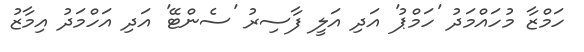
ހަމްޒާ މުހައްމަދު 'ހަމްޕު' އަދި އަލީ ފާސިރު 'ސެންޓޭ' އަދި އަހްމަދު އިމާޒު